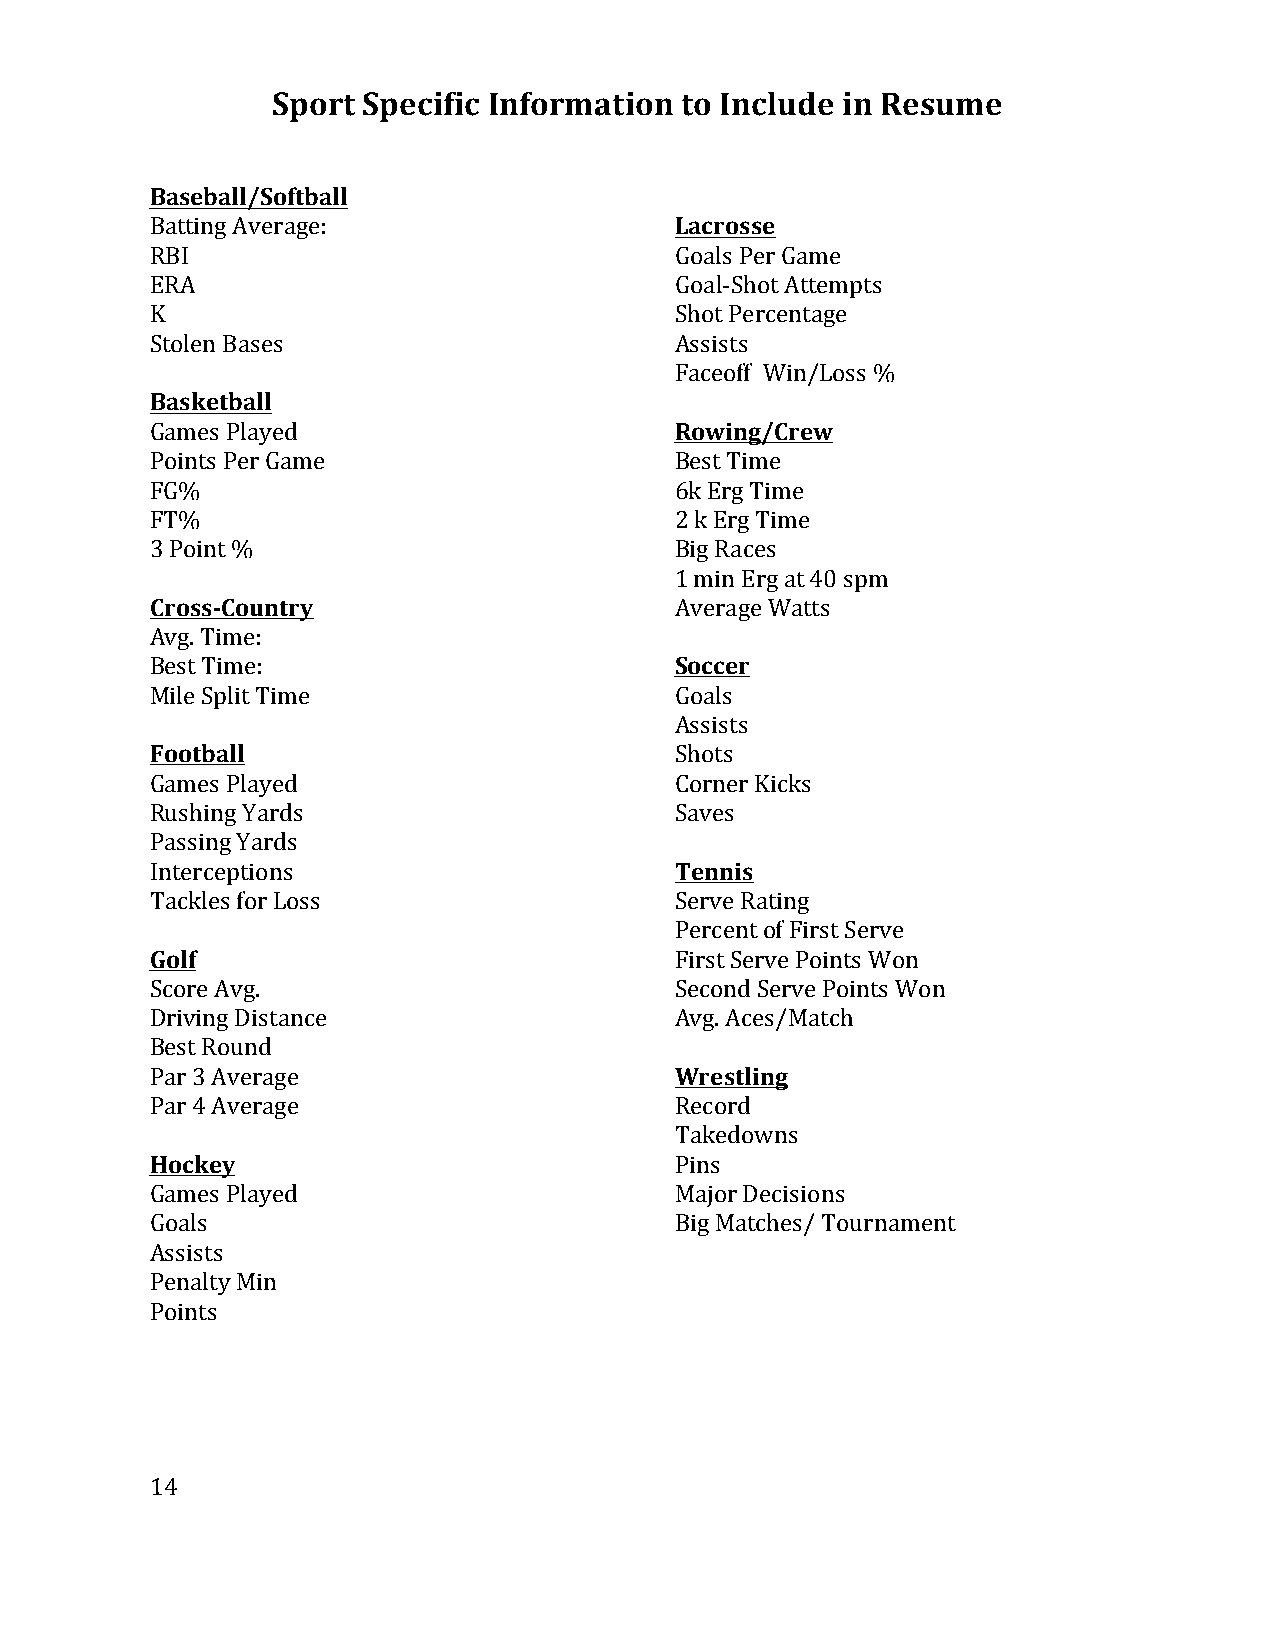
Sport Specific Information to Include in Resume
 Baseball/Softball
 Batting Average:                   Lacrosse
 RBI                                Goals Per Game
 ERA                                Goal-­‐Shot Attempts
 K                                  Shot Percentage
 Stolen Bases                       Assists
 Faceoff Win/Loss %
 Basketball
 Games Played                       Rowing/Crew
 Points Per Game                    Best Time
 FG%                                6k Erg Time
 FT%                                2 k Erg Time
 3 Point %                          Big Races
 1 min Erg at 40 spm
 Cross-­‐Country                    Average Watts
 Avg. Time:
 Best Time:                         Soccer
 Mile Split Time                    Goals
 Assists
 Football                           Shots
 Games Played                       Corner Kicks
 Rushing Yards                      Saves
 Passing Yards
 Interceptions                      Tennis
 Tackles for Loss                   Serve Rating
 Percent of First Serve
 Golf                               First Serve Points Won
 Score Avg.                         Second Serve Points Won
 Driving Distance                   Avg. Aces/Match
 Best Round
 Par 3 Average                      Wrestling
 Par 4 Average                      Record
 Takedowns
 Hockey                             Pins
 Games Played                       Major Decisions
 Goals                              Big Matches/ Tournament
 Assists
 Penalty Min
 Points
 14